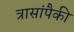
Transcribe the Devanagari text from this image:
त्रासांपैकी